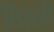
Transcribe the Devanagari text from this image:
लिज़्ज़ी